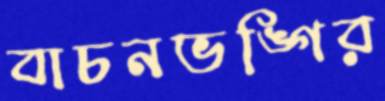
বাচনভঙ্গির